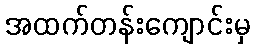
အထက်တန်းကျောင်းမှ